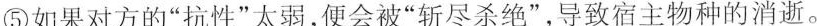
⑤如果对方的”抗性”太弱，便会被”斩尽杀绝”，导致宿主物种的消逝。